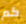
كم